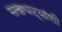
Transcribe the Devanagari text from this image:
सत्ताधाऱ्यांशी